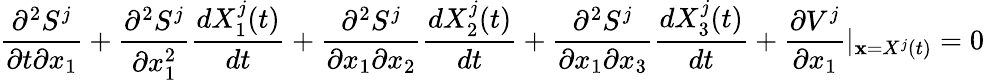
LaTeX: \frac{\partial^{2}S^{j}}{\partial t\partial x_{1}}+\frac{\partial^{2}S^{j}}{\partial x_{1}^{2}}\frac{dX_{1}^{j}(t)}{dt}+\frac{\partial^{2}S^{j}}{\partial x_{1}\partial x_{2}}\frac{dX_{2}^{j}(t)}{dt}+\frac{\partial^{2}S^{j}}{\partial x_{1}\partial x_{3}}\frac{dX_{3}^{j}(t)}{dt}+\frac{\partial V^{j}}{\partial x_{1}}\vert_{\textbf{x}=X^{j}(t)}=0